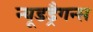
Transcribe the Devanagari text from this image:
न्यूडड्रैगन्स